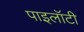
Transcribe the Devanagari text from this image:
पाइलॉटी